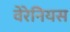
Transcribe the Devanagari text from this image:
वेरेनियस